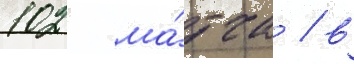
102 ма́тча / в